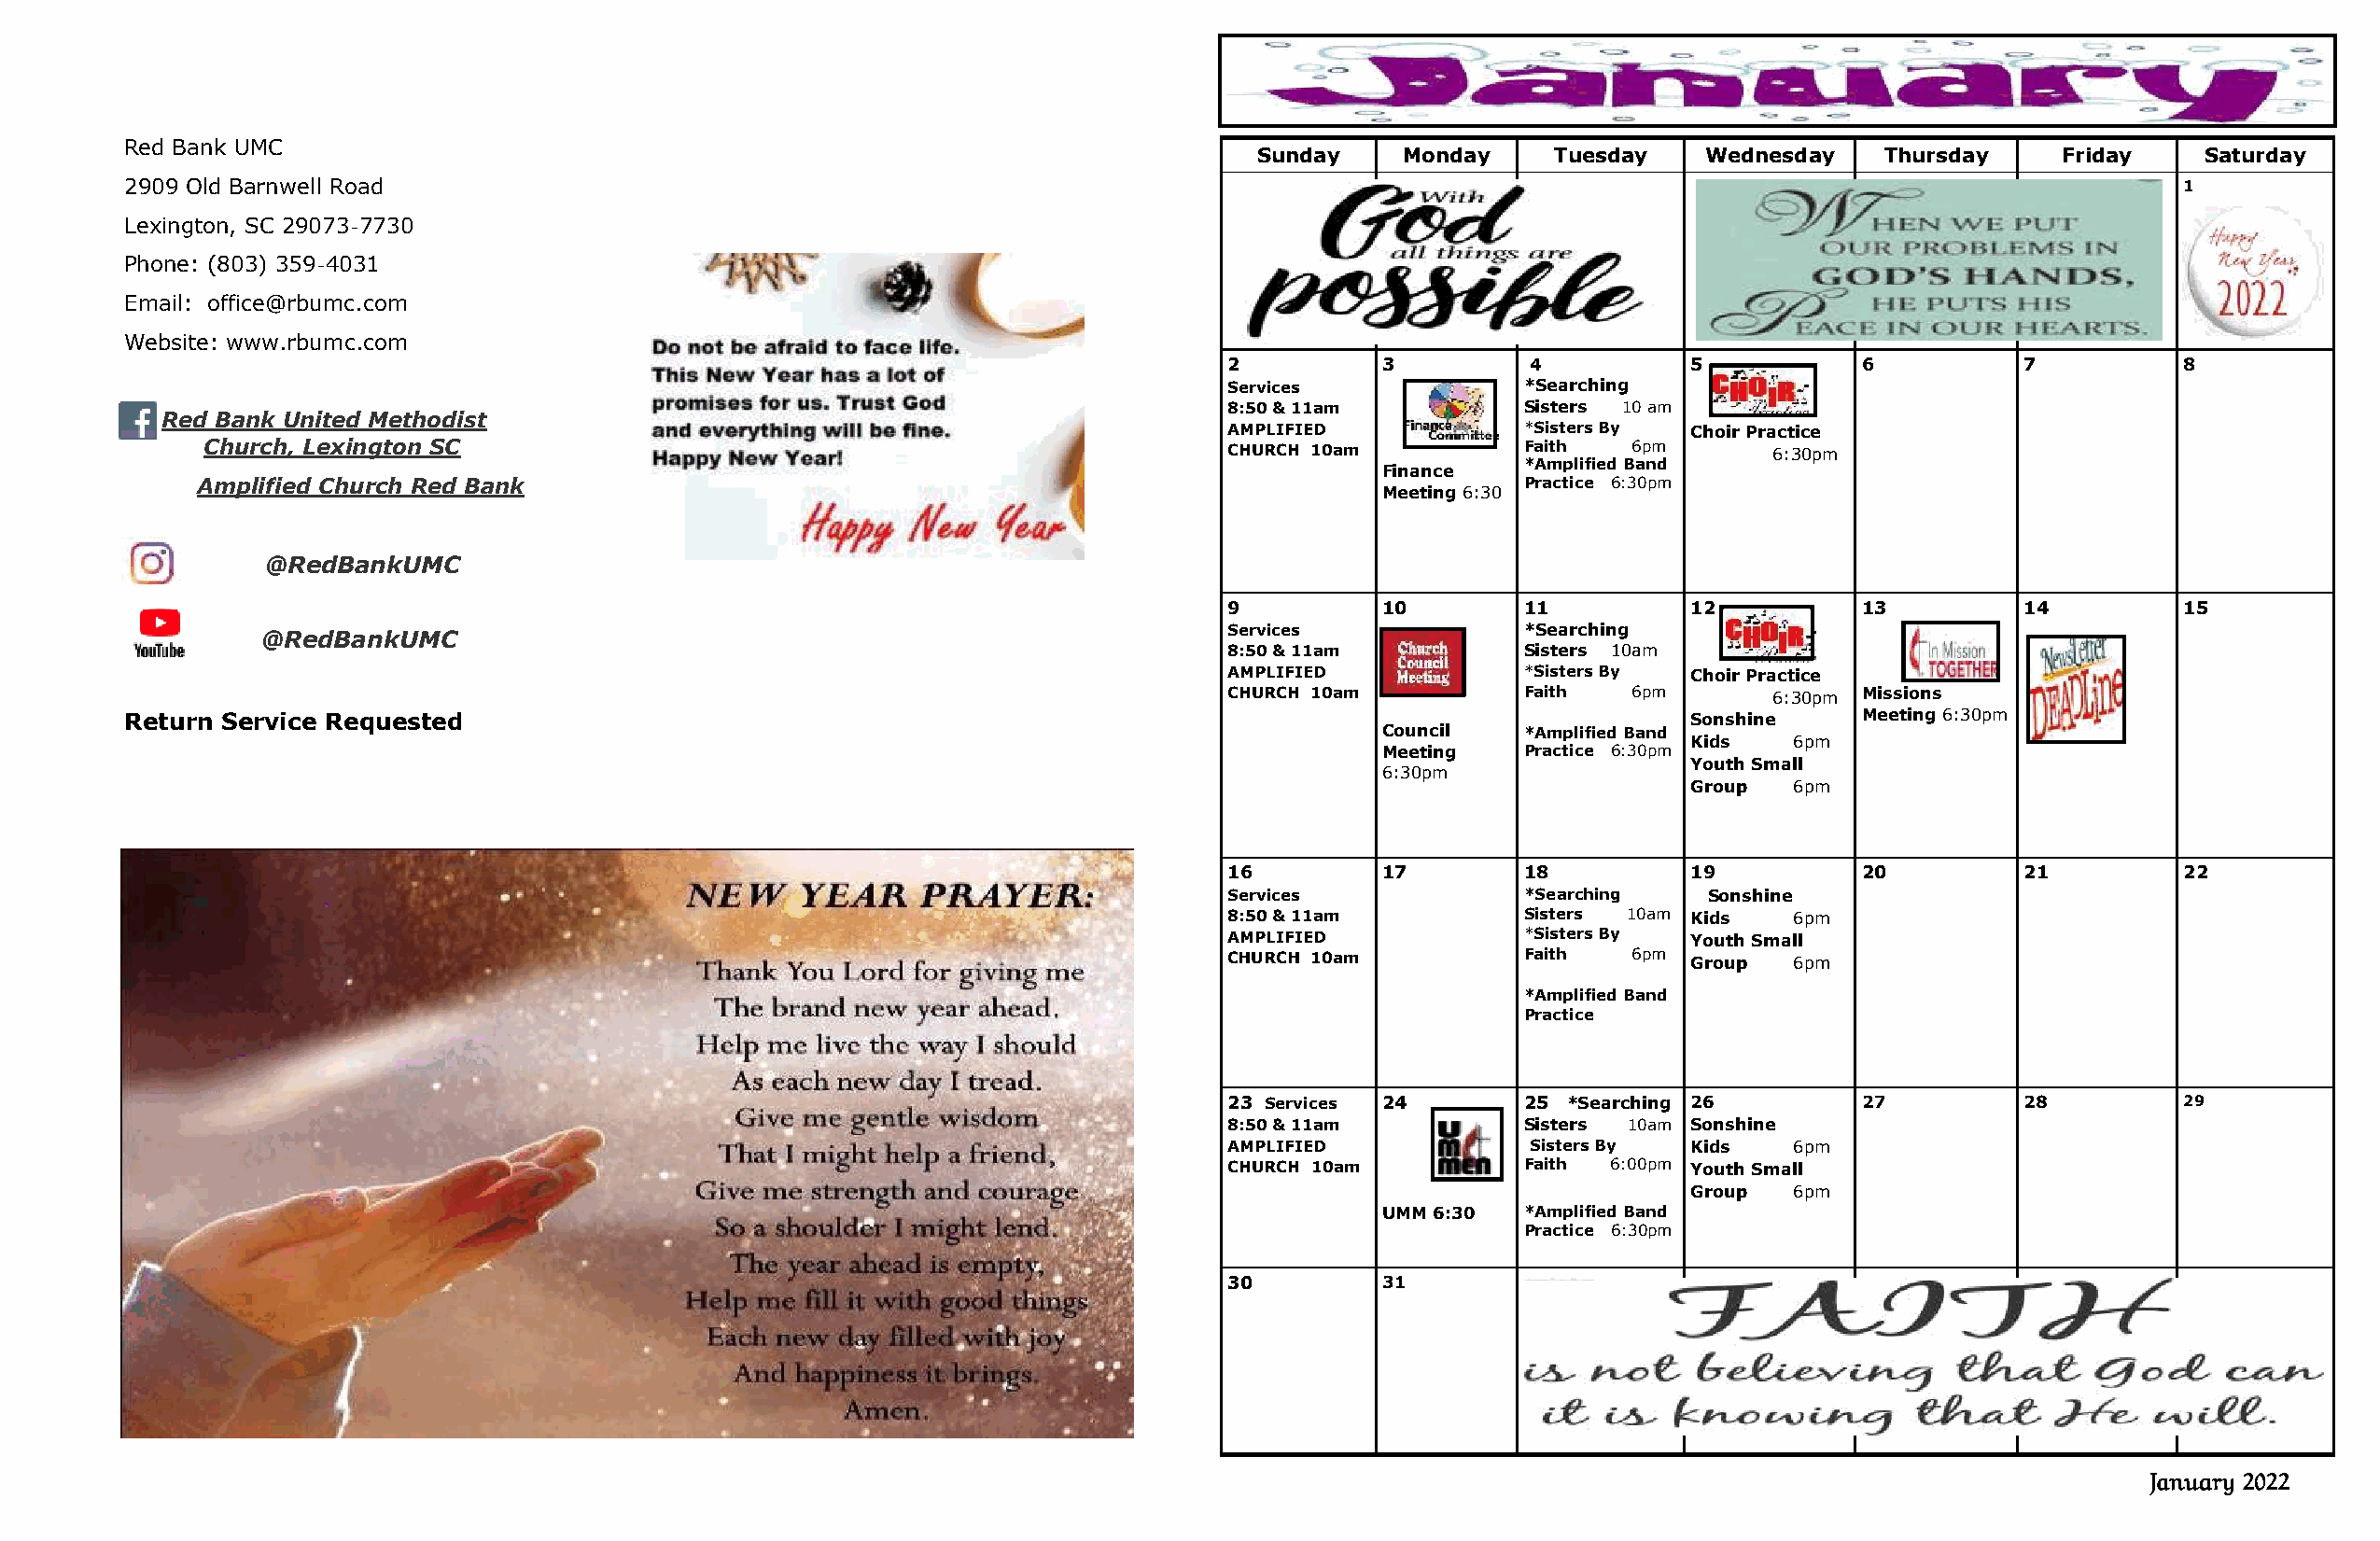
Red Bank UMC
 Sunday     Monday    Tuesday    Wednesday    Thursday    Friday    Saturday
 2909 Old Barnwell Road                                                                                                                            1
 Lexington, SC 29073-7730
 Phone: (803) 359-4031
 Email: office@rbumc.com
 Website: www.rbumc.com
 2          3         4           5           6           7          8
 Services             *Searching
 8:50 & 11am          Sisters 10 am
 Red Bank United Methodist
 AMPLIFIED            *Sisters By Choir Practice
 Church, Lexington SC                                                     CHURCH 10am          Faith   6pm       6 : 3 0 p m
 Finance
 *Amplified Band
 Amplified Church Red Bank
 Meeting 6:30
 Practice 6:30pm
 @RedBankUMC
 9          10        11          12          13          14         15
 @RedBankUMC                                                         Services             *Searching
 8:50 & 11am          Sisters 10am
 AMPLIFIED            *Sisters By Choir Practice
 CHURCH 10am          Faith   6pm       6:30pm Missions
 Return Service Requested                                                                                       Sonshine    Meeting 6:30pm
 Council   *Amplified Band
 Kids   6pm
 Meeting   Practice 6:30pm
 Youth Small
 6:30pm
 Group  6pm
 16         17        18          19          20          21         22
 Services             *Searching   Sonshine
 8:50 & 11am          Sisters 10am Kids  6pm
 A CHM UP RLI CF HI E 1D
 0 am
 * FS aii ts hte r s B y
 6 p m
 Y Go rou uth
 p
 S m a l 6l
 pm
 *Amplified Band
 Practice
 23 Services 2 4      25 *Searching 26        27          28         29
 8:50 & 11am          Sisters 10am Sonshine
 AMPLIFIED             Sisters By Kids   6pm
 CHURCH 10am          Faith 6:00pm Youth Small
 G r o u p 6pm
 UMM 6:30  *Amplified Band
 Practice 6:30pm
 30         31
 January 2022